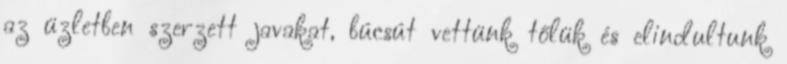
az üzletben szerzett javakat, búcsút vettünk tőlük és elindultunk